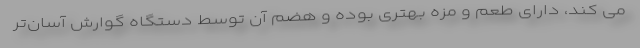
می کند، دارای طعم و مزه بهتری بوده و هضم آن توسط دستگاه گوارش آسان‌تر